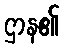
ဌာန၏